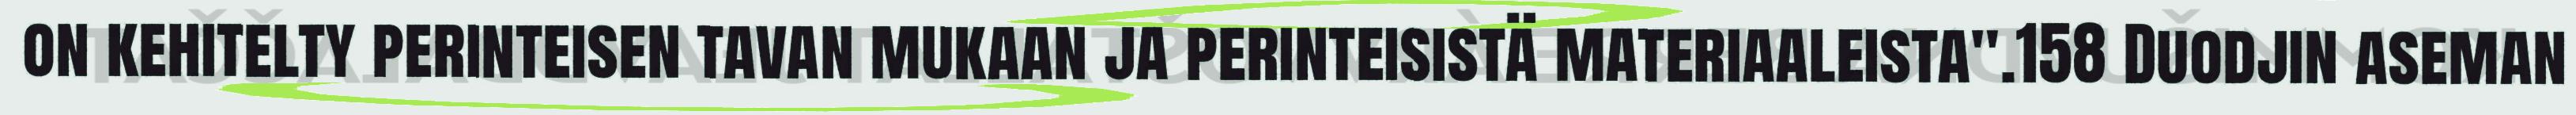
on kehitelty perinteisen tavan mukaan ja perinteisistä materiaaleista".158 Duodjin aseman